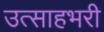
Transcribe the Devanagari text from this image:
उत्साहभरी